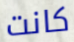
كانت